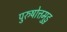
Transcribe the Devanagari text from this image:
पुरुषोत्तमुडु